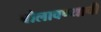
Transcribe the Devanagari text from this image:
बोलावण्याची